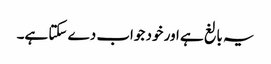
‏ یہ بالغ ہے اور خود جواب دے سکتا ہے۔